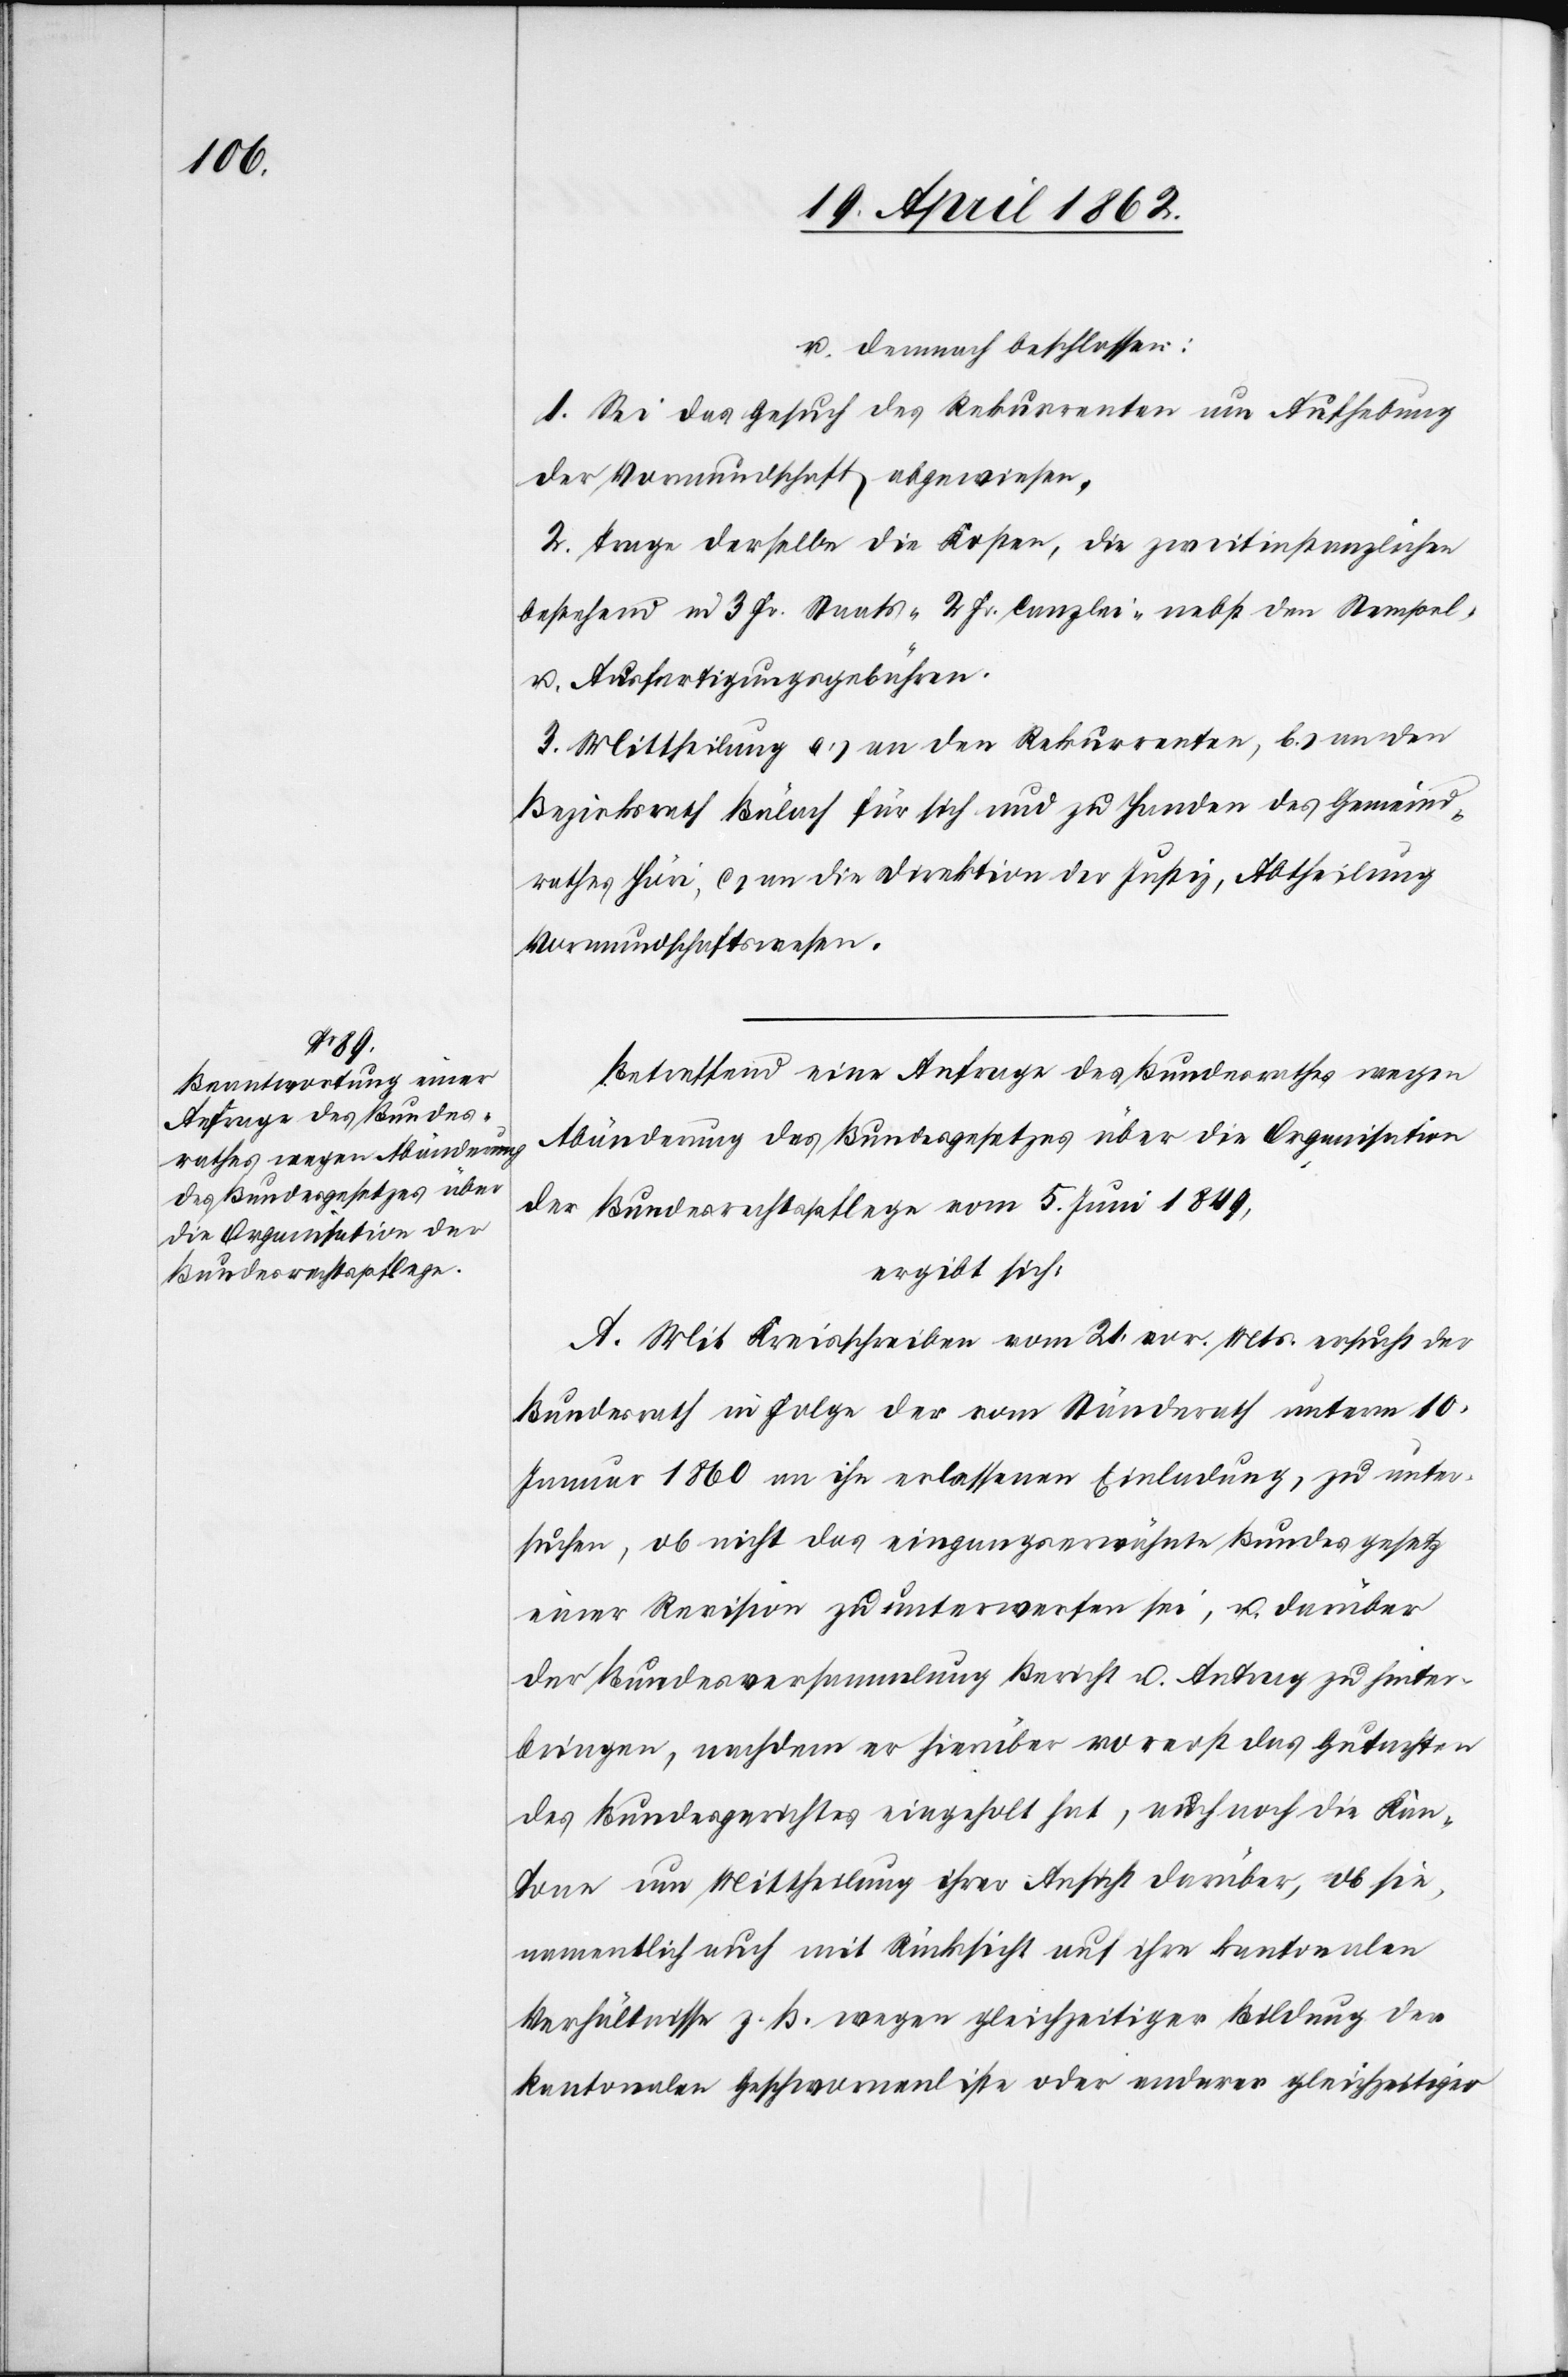
u. demnach beschlossen:
1. Sei das Gesuch des Rekurrenten um Aufhebung
der Vormundschaft abgewiesen.
2. Trage derselbe die Kosten, die zweitinstanzlichen
bestehend in 3 Fr. Staats-[,] 2 Fr. Canzlei- nebst den Stempel-
u. Ausfertigungsgebühren.
3. Mittheilung a) an den Rekurrenten, b) an den
Bezirksrath Bülach für sich und zu Handen des Gemeind¬
rathes Höri, c) an die Direktion der Justiz, Abtheilung
Vormundschaftswesen.
Betreffend eine Anfrage des Bundesrathes wegen
Abänderung des Bundesgesetzes über die Organisation
der Bundesrechtspflege vom 5. Juni 1849,
ergibt sich:
A. Mit Kreisschreiben vom 21. vor. Mts. ersucht der
Bundesrath in Folge der vom Ständerath unterm 10.
Januar 1860 an ihn erlassenen Einladung, zu unter¬
suchen, ob nicht das eingangserwähnte Bundesgesetz
einer Revision zu unterwerfen sei, u. darüber
der Bundesversammlung Bericht u. Antrag zu hinter¬
bringen, nachdem er hierüber vorerst das Gutachten
des Bundesgerichtes eingeholt hat, auch noch die Kan¬
tone um Mittheilung ihrer Ansicht darüber, ob sie
namentlich auch mit Rücksicht auf ihre kantonalen
Verhältnisse z. B. wegen gleichzeitiger Bildung der
kantonalen Geschwornenliste oder anderer gleichzeitiger